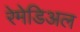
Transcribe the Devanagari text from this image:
रेमेडिअल